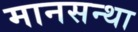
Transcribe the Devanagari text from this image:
मानसन्था